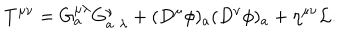
LaTeX: T ^ { \mu \nu } = G _ { a } ^ { \mu \lambda } G _ { a \, \, \lambda } ^ { \nu } + ( D ^ { \mu } \phi ) _ { a } ( D ^ { \nu } \phi ) _ { a } + \eta ^ { \mu \nu } { \cal L } .